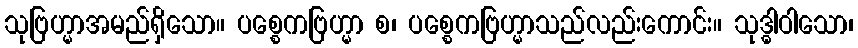
သုဗြဟ္မာအမည်ရှိသော။ ပစ္စေကဗြဟ္မာ စ၊ ပစ္စေကဗြဟ္မာသည်လည်းကောင်း။ သုဒ္ဓါဝါသော၊